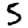
Digit: 5